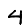
Digit: 4